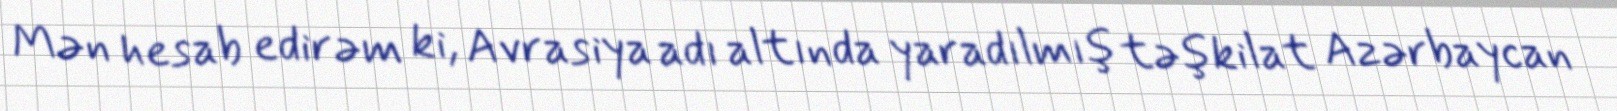
Mən hesab edirəm ki, Avrasiya adı altında yaradılmış təşkilat Azərbaycan